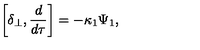
\left[ \delta _ { \perp } , { \frac { d } { d \tau } } \right] = - \kappa _ { 1 } \Psi _ { 1 } ,